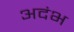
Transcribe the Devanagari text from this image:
अदंभ